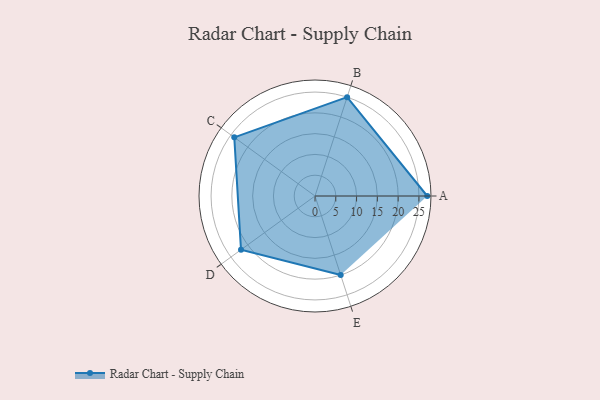
{"axis": {"x": "Skill", "y": "Score"}, "legend": ["Profile"], "data": [{"x": "A", "y": 27.0, "type": "Profile"}, {"x": "B", "y": 25.0, "type": "Profile"}, {"x": "C", "y": 24.0, "type": "Profile"}, {"x": "D", "y": 22.0, "type": "Profile"}, {"x": "E", "y": 20, "type": "Profile"}]}